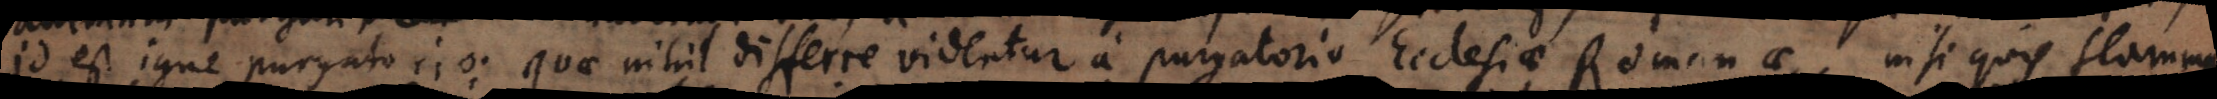
id est igne purgatorio, quae nihil differre videntur a purgatorio Ecclesiae Romanae, nisi quis flammam